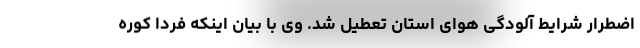
اضطرار شرایط آلودگی هوای استان تعطیل شد. وی با بیان اینکه فردا کوره